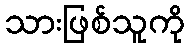
သားဖြစ်သူကို